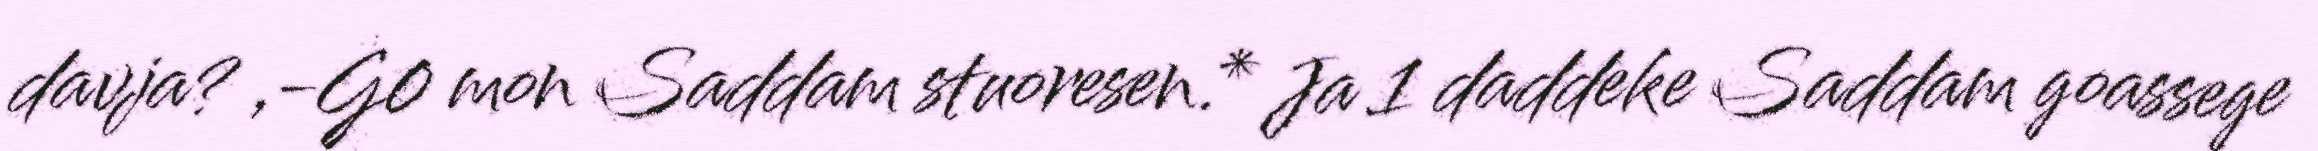
davja? ,-G0 mon Saddam stuoresen.* Ja 1 daddeke Saddam goassege